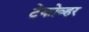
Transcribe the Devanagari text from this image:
टेकोव्हर